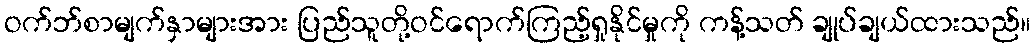
ဝက်ဘ်စာမျက်နှာများအား ပြည်သူတို့ဝင်ရောက်ကြည့်ရှုနိုင်မှုကို ကန့်သတ် ချုပ်ချယ်ထားသည်။